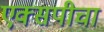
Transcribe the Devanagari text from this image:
एक्सपीचा